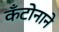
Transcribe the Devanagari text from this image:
कँटोनाने